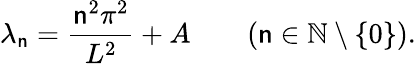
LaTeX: \lambda_{\mathsf{n}}={\frac{{\mathsf{n}^{2}\pi^{2}}}{{L^{2}}}}+A\qquad(\mathsf{n}\in\mathbb{{N}}\setminus\{ 0\} ).